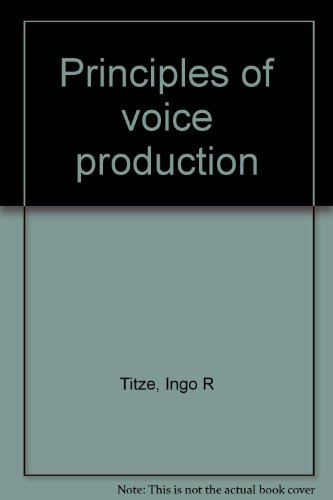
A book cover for Principles of voice production; Ingo R Titze; Science & Math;